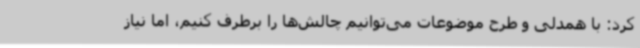
کرد: با همدلی و طرح موضوعات می‌توانیم چالش‌ها را برطرف کنیم، اما نیاز